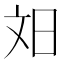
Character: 𬀫